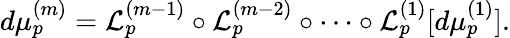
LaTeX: d\mu_{p}^{(m)}=\mathcal{L}_{p}^{(m-1)}\circ\mathcal{L}_{p}^{(m-2)}\circ\cdots\circ\mathcal{L}_{p}^{(1)}[d\mu_{p}^{(1)}].